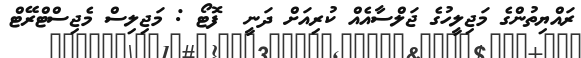
ރައްޔިތުންގެ މަޖިލީހުގެ ޖަލްސާއެއް ކުރިއަށް ދަނީ  ފޮޓޯ : މަޖިލިސް މެޖިސްޓްރޭޓް